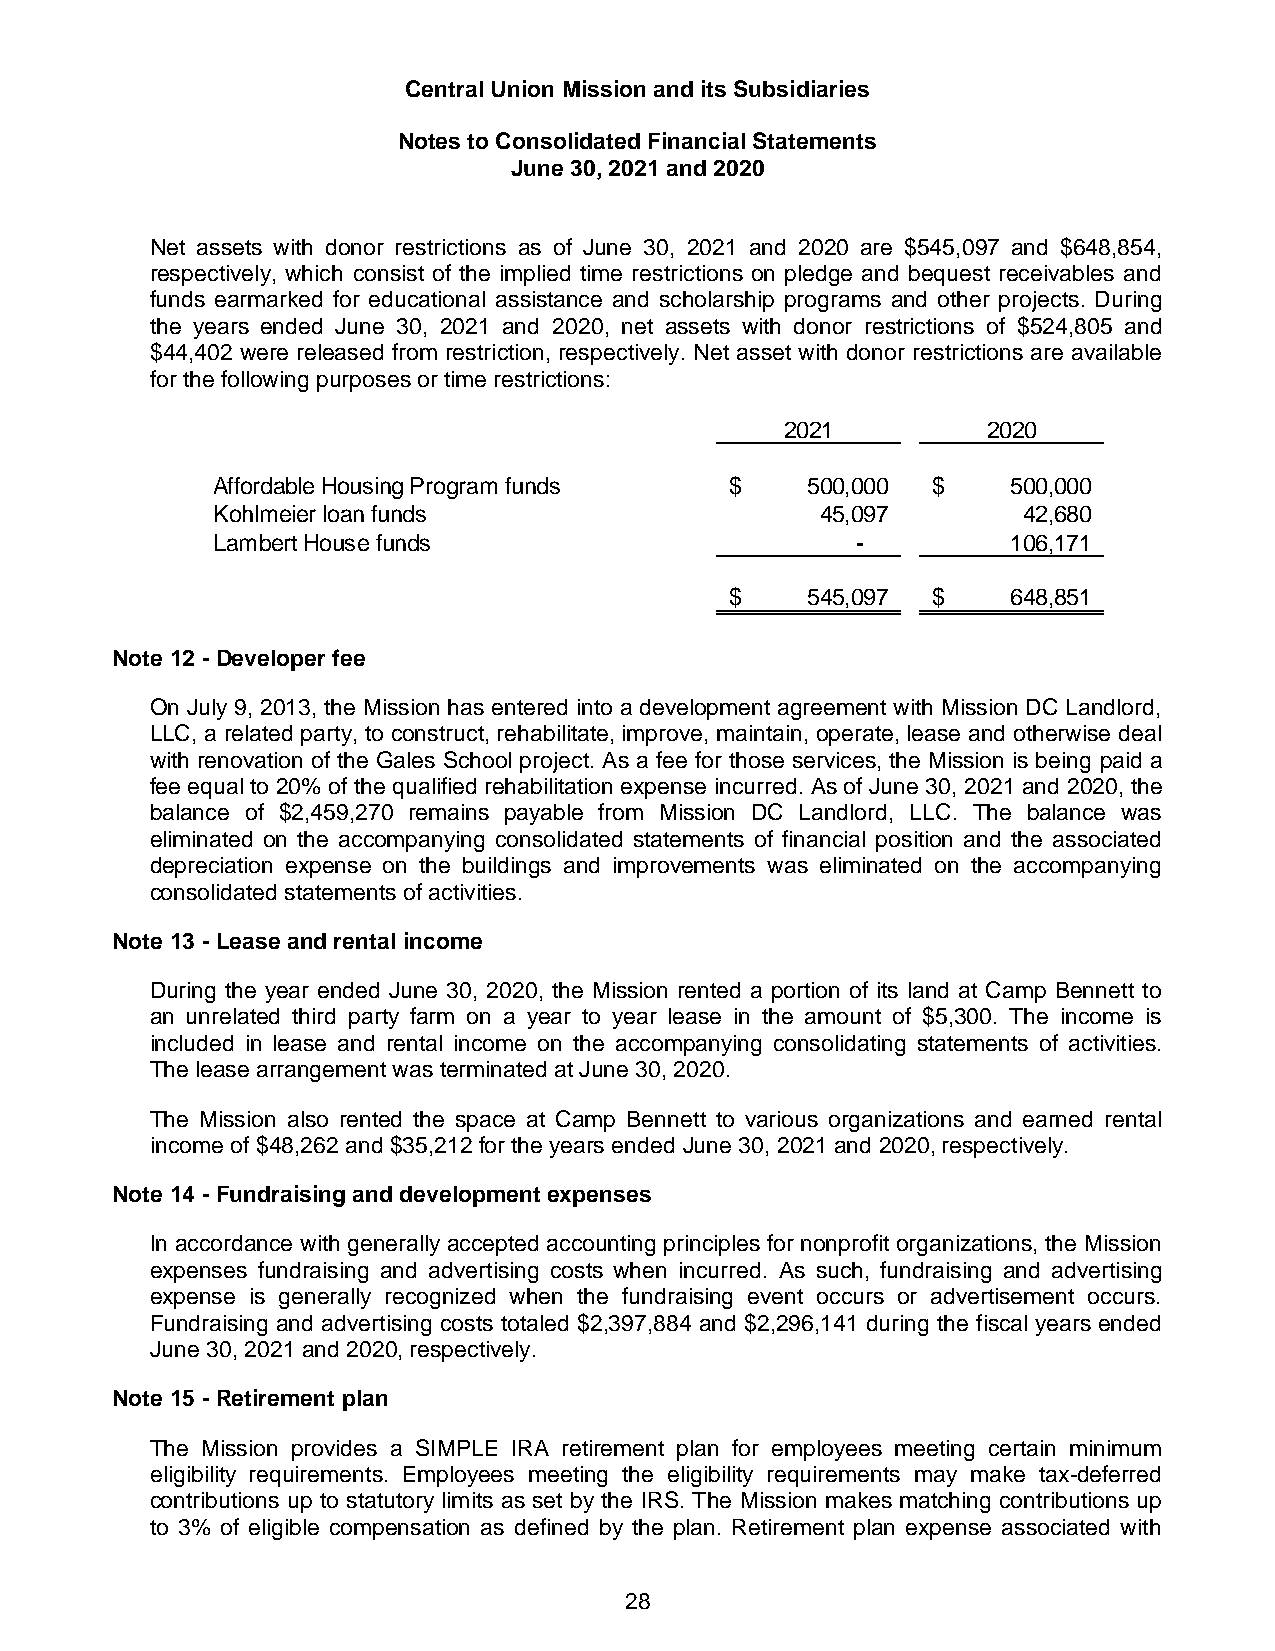
Central Union Mission and its Subsidiaries
 Notes to Consolidated Financial Statements
 June 30, 2021 and 2020
 Net assets with donor restrictions as of June 30, 2021 and 2020 are $545,097 and $648,854,
 respectively, which consist of the implied time restrictions on pledge and bequest receivables and
 funds earmarked for educational assistance and scholarship programs and other projects. During
 the years ended June 30, 2021 and 2020, net assets with donor restrictions of $524,805 and
 $44,402 were released from restriction, respectively. Net asset with donor restrictions are available
 for the following purposes or time restrictions:
 2021         2020
 Affordable Housing Program funds  $    500,000  $    500,000
 Kohlmeier loan funds                    45,097        42,680
 Lambert House funds                        -         106,171
 $    545,097  $    648,851
 Note 12 - Developer fee
 On July 9, 2013, the Mission has entered into a development agreement with Mission DC Landlord,
 LLC, a related party, to construct, rehabilitate, improve, maintain, operate, lease and otherwise deal
 with renovation of the Gales School project. As a fee for those services, the Mission is being paid a
 fee equal to 20% of the qualified rehabilitation expense incurred. As of June 30, 2021 and 2020, the
 balance of $2,459,270 remains payable from Mission DC Landlord, LLC. The balance was
 eliminated on the accompanying consolidated statements of financial position and the associated
 depreciation expense on the buildings and improvements was eliminated on the accompanying
 consolidated statements of activities.
 Note 13 - Lease and rental income
 During the year ended June 30, 2020, the Mission rented a portion of its land at Camp Bennett to
 an unrelated third party farm on a year to year lease in the amount of $5,300. The income is
 included in lease and rental income on the accompanying consolidating statements of activities.
 The lease arrangement was terminated at June 30, 2020.
 The Mission also rented the space at Camp Bennett to various organizations and earned rental
 income of $48,262 and $35,212 for the years ended June 30, 2021 and 2020, respectively.
 Note 14 - Fundraising and development expenses
 In accordance with generally accepted accounting principles for nonprofit organizations, the Mission
 expenses fundraising and advertising costs when incurred. As such, fundraising and advertising
 expense is generally recognized when the fundraising event occurs or advertisement occurs.
 Fundraising and advertising costs totaled $2,397,884 and $2,296,141 during the fiscal years ended
 June 30, 2021 and 2020, respectively.
 Note 15 - Retirement plan
 The Mission provides a SIMPLE IRA retirement plan for employees meeting certain minimum
 eligibility requirements. Employees meeting the eligibility requirements may make tax-deferred
 contributions up to statutory limits as set by the IRS. The Mission makes matching contributions up
 to 3% of eligible compensation as defined by the plan. Retirement plan expense associated with
 28